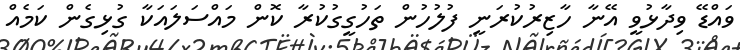
ވައްޑޭ ވިދާޅުވީ އޭނާ ހާޒިރުކުރަނީ ފުލުހުން ތަހުގީގުކުރާ ކޮން މައްސަލައަކާ ގުޅިގެން ކަމެއް